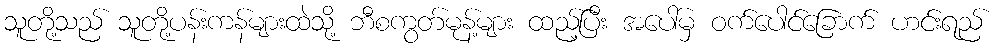
သူတို့သည် သူတို့ပန်းကန်များထဲသို့ ဘီစကွတ်မုန့်များ ထည့်ပြီး အပေါ်မှ ဝက်ပေါင်ခြောက် ဟင်းရည်